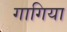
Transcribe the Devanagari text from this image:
गागिया